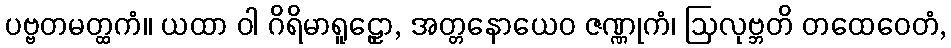
ပဗ္ဗတမတ္ထကံ။ ယထာ ဝါ ဂိရိမာရူဠှော, အတ္တနောယေဝ ဇဏ္ဏုကံ၊ ဩလုဗ္ဘတိ တထေဝေတံ,